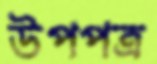
উপপত্র